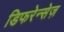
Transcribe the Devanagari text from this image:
डिफरेन्सेज़